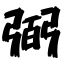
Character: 弼